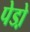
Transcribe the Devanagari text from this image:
पेडो़